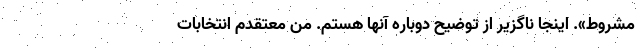
مشروط». اینجا ناگزیر از توضیح دوباره آنها هستم. من معتقدم انتخابات